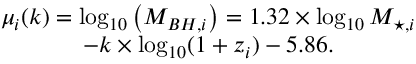
\begin{array} { c } { \mu _ { i } ( k ) = \log _ { 1 0 } \left( M _ { B H , i } \right) = 1 . 3 2 \times \log _ { 1 0 } M _ { \star , i } } \\ { - k \times \log _ { 1 0 } ( 1 + z _ { i } ) - 5 . 8 6 . } \end{array}